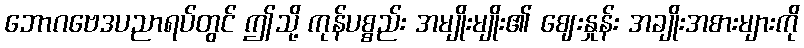
ဘောဂဗေဒပညာရပ်တွင် ဤသို့ ကုန်ပစ္စည်း အမျိုးမျိုး၏ ဈေးနှုန်း အချိုးအစားများကို